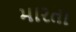
મારતા